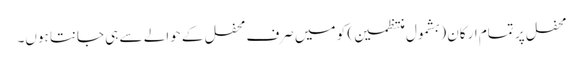
محفل پر تمام ارکان (بشمول منتظمین) کو میں صرف محفل کے حوالے سے ہی جانتا ہوں۔